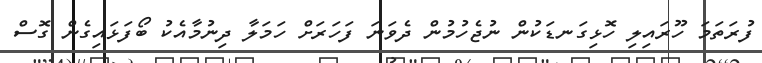
ފުރަތަމަ ހޫރައިލި ހޮޅިގަނޑަކުން ނުޖެހުމުން ދެވަނަ ފަހަރަށް ހަމަލާ ދިނުމާއެކު ބޯފަޅައިގެން ގޮސް